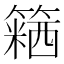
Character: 𥴅